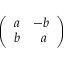
\left( \begin{array} { l l } { a } & { - b } \\ { b } & { \; \; a } \end{array} \right)